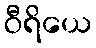
ဝီရိယေ